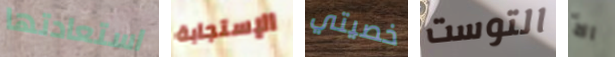
استعادتها الإستجابة خصيتي التوست الأ